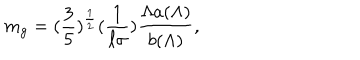
LaTeX: m _ { g } = ( \frac { 3 } { 5 } ) ^ { \frac { 1 } { 2 } } ( \frac { 1 } { \ell \sigma } ) \frac { \Lambda a ( \Lambda ) } { b ( \Lambda ) } ,